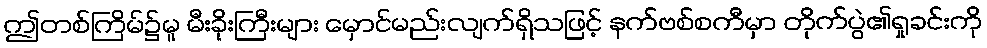
ဤတစ်ကြိမ်၌မူ မီးခိုးကြီးများ မှောင်မည်းလျက်ရှိသဖြင့် နက်ဗစ်စကီမှာ တိုက်ပွဲ၏ရှုခင်းကို